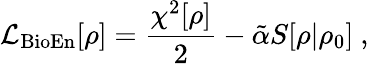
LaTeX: \mathcal{L}_{\textrm{BioEn}}[\rho]=\frac{\chi^{2}[\rho]}{2}-\tilde{\alpha}S[\rho|\rho_{0}]~,